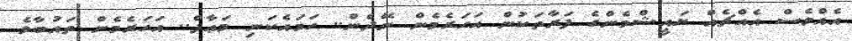
އެއްވެސް އެއްޗެއް ޔައީޝްމެންގެ ފަރާތަކުން އަހަރެމެން ނޭދެން.. ހަމައެކަނި މަޢާފް.. އަހަރެމެން ތައުބާވެ